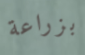
بزراعة